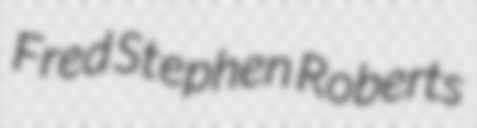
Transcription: Fred Stephen Roberts